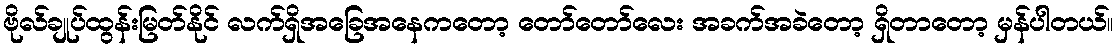
ဗိုလ်ချုပ်ထွန်းမြတ်နိုင် လက်ရှိအခြေအနေကတော့ တော်တော်လေး အခက်အခဲတော့ ရှိတာတော့ မှန်ပါတယ်။